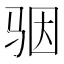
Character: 骃